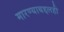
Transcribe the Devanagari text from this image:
मारण्याबद्दलही